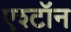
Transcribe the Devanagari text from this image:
एश्टॉन